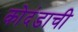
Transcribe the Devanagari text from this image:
कोदंडाची